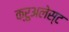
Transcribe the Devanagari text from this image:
क्रुअलेस्ट